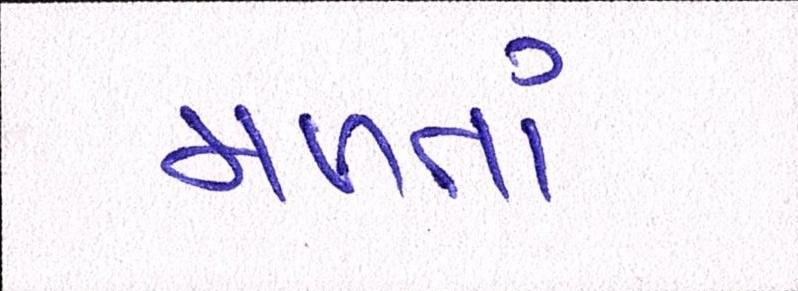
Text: મળતાં